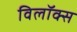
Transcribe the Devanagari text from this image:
विलॉक्स